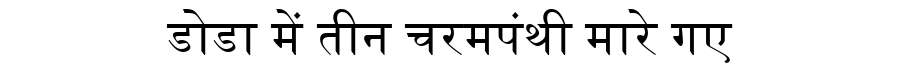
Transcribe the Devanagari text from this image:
डोडा में तीन चरमपंथी मारे गए